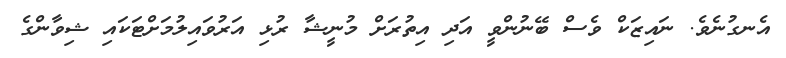
އެނގުނެވެ. ނައިޒަކް ވެސް ބޭނުންވީ އަދި އިތުރަށް މުނީޝާ ރުޅި އަރުވައިލުމަށްޓަކައި ޝިވާންގެ